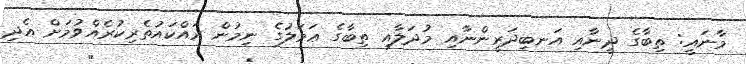
މާނައީ: ތިބާގެ ދީނާއި އަނބިދަރީންނާއި މުދަލާއި ތިބާގެ ޢަމަލުގެ ނިމުން ރައްކައުތެރިކުރެއްވުމަށް އެދި